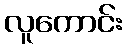
လူကောင်း